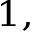
^ { 1 , }